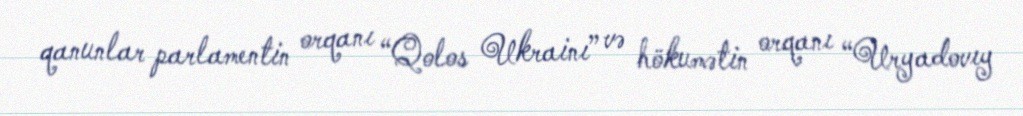
qanunlar parlamentin orqanı “Qolos Ukrainı” və hökumətin orqanı “Uryadovıy